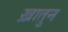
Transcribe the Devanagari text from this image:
ख़ातुन